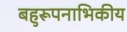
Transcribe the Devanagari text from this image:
बहुरूपनाभिकीय